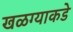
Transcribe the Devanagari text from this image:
खळग्याकडे